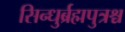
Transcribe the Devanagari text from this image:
सिन्धुर्ब्रह्मपुत्रश्च